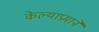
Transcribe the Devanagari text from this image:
केल्याप्रमाने